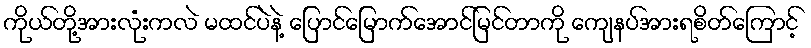
ကိုယ်တို့အားလုံးကလဲ မထင်ပဲနဲ့ ပြောင်မြောက်အောင်မြင်တာကို ကျေနပ်အားရစိတ်ကြောင့်